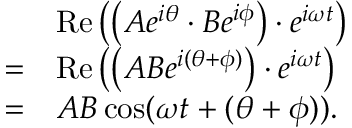
{ \begin{array} { r l } & { \operatorname { R e } \left( \left( A e ^ { i \theta } \cdot B e ^ { i \phi } \right) \cdot e ^ { i \omega t } \right) } \\ { = } & { \operatorname { R e } \left( \left( A B e ^ { i ( \theta + \phi ) } \right) \cdot e ^ { i \omega t } \right) } \\ { = } & { A B \cos ( \omega t + ( \theta + \phi ) ) . } \end{array} }